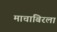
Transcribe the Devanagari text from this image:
माचाबिरला